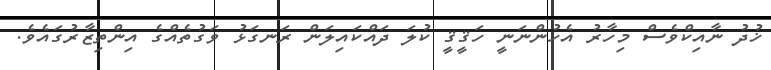
ޚުދު ނާއިކްވެސް މިހާރު އެހުންނަނީ ހަޤީޤީ ކުލަ ދައްކައިލަން ރަނގަޅު ވަގުތެއްގެ އިންތިޒާރުގައެވެ.